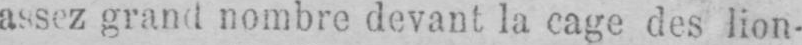
assez grand nombre devant la cage des lion-